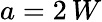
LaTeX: a=2\, W